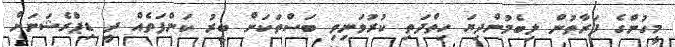
މީހުންގެ ފަރާތުން ލިބެމުންދިޔަ ހިތްދަތި ކުރުވަނިވި ބަސްތަކަށް ބީރު ކަންފަތެއް ދީ ޑިޕްރެޝަނަށް